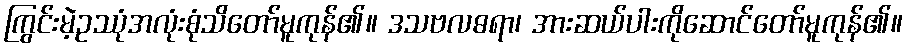
ကြွင်းမဲ့ဥဿုံအလုံးစုံသိတော်မူကုန်၏။ ဒသဗလဓရာ၊ အားဆယ်ပါးကိုဆောင်တော်မူကုန်၏။